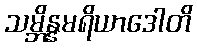
သမ္ဘိန္နမရိယာဒေါတိ